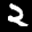
Label: 2